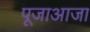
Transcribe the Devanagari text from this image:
पूजाआजा